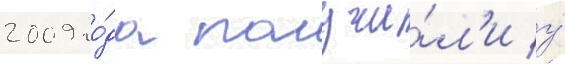
2009 го́да получи́л'и у́